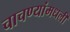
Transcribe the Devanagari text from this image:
चाचण्यांमधली